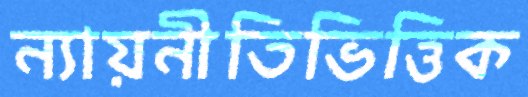
ন্যায়নীতিভিত্তিক